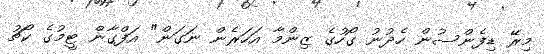
މިރޭ ޑިފެންސުން ހެދުނު ގޯހުގެ ޒިންމާ އަހަރެން ނަގަން" އަފްގާން ޓީމުގެ ކޯޗު